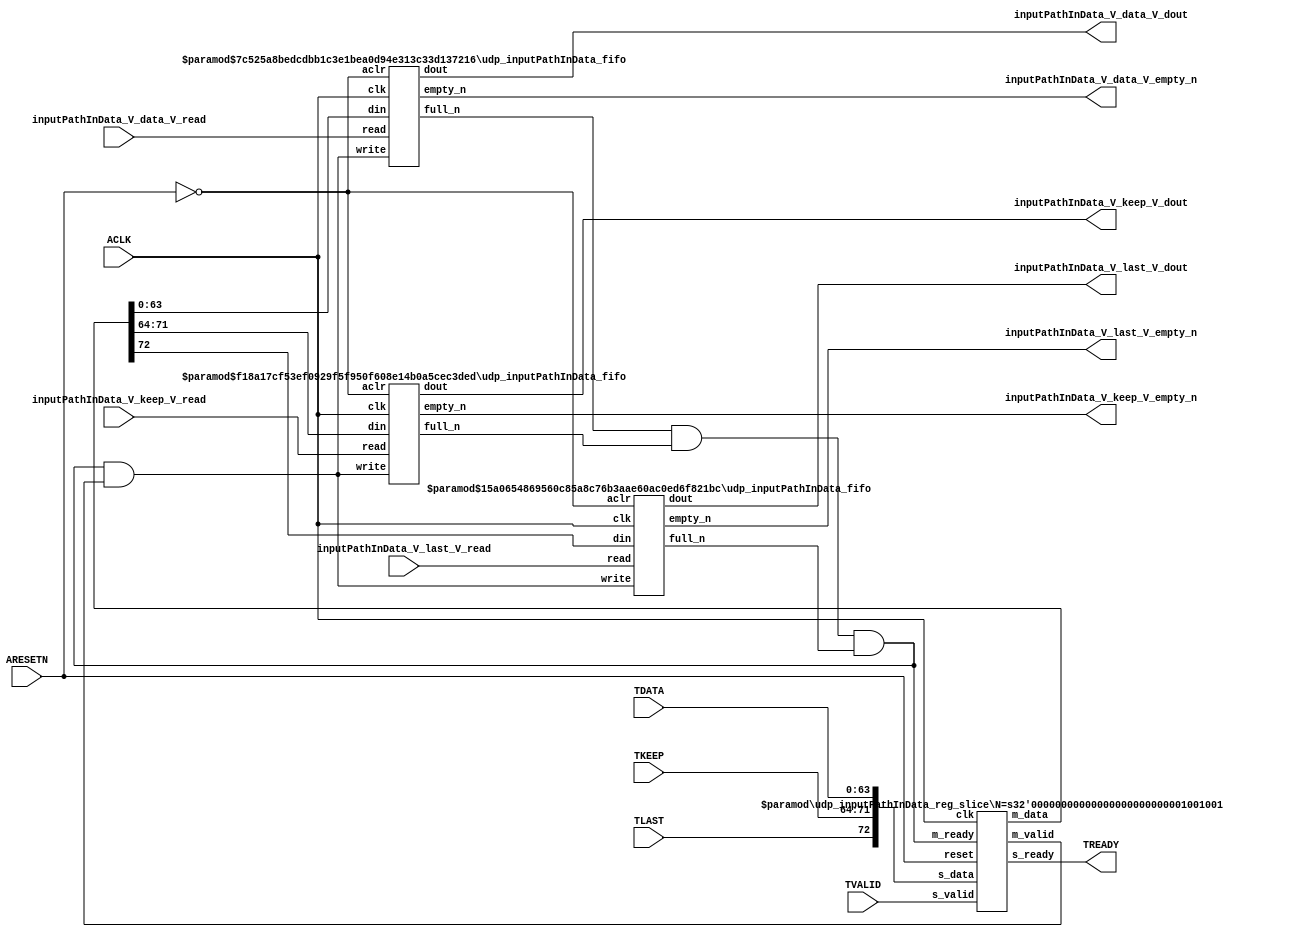
// ==============================================================
// File generated by Vivado(TM) HLS - High-Level Synthesis from C, C++ and SystemC
// Version: 2015.1
// Copyright (C) 2015 Xilinx Inc. All rights reserved.
// 
// ==============================================================


`timescale 1ns/1ps

module udp_inputPathInData_if (
    // AXI4-Stream singals
    input  wire        ACLK,
    input  wire        ARESETN,
    input  wire        TVALID,
    output wire        TREADY,
    input  wire [63:0] TDATA,
    input  wire [7:0]  TKEEP,
    input  wire [0:0]  TLAST,
    // User signals
    output wire [63:0] inputPathInData_V_data_V_dout,
    output wire        inputPathInData_V_data_V_empty_n,
    input  wire        inputPathInData_V_data_V_read,
    output wire [7:0]  inputPathInData_V_keep_V_dout,
    output wire        inputPathInData_V_keep_V_empty_n,
    input  wire        inputPathInData_V_keep_V_read,
    output wire [0:0]  inputPathInData_V_last_V_dout,
    output wire        inputPathInData_V_last_V_empty_n,
    input  wire        inputPathInData_V_last_V_read
);
//------------------------Local signal-------------------
// FIFO
wire [0:0]  fifo_write;
wire [0:0]  fifo_full_n;
wire [63:0] inputPathInData_V_data_V_din;
wire [0:0]  inputPathInData_V_data_V_full_n;
wire [7:0]  inputPathInData_V_keep_V_din;
wire [0:0]  inputPathInData_V_keep_V_full_n;
wire [0:0]  inputPathInData_V_last_V_din;
wire [0:0]  inputPathInData_V_last_V_full_n;
// register slice
wire [0:0]  s_valid;
wire [0:0]  s_ready;
wire [72:0] s_data;
wire [0:0]  m_valid;
wire [0:0]  m_ready;
wire [72:0] m_data;

//------------------------Instantiation------------------
// rs
udp_inputPathInData_reg_slice #(
    .N       ( 73 )
) rs (
    .clk     ( ACLK ),
    .reset   ( ARESETN ),
    .s_data  ( s_data ),
    .s_valid ( s_valid ),
    .s_ready ( s_ready ),
    .m_data  ( m_data ),
    .m_valid ( m_valid ),
    .m_ready ( m_ready )
);

// inputPathInData_V_data_V_fifo
udp_inputPathInData_fifo #(
    .DATA_BITS  ( 64 ),
    .DEPTH_BITS ( 4 )
) inputPathInData_V_data_V_fifo (
    .clk        ( ACLK ),
    .aclr       ( ~ARESETN ),
    .empty_n    ( inputPathInData_V_data_V_empty_n ),
    .full_n     ( inputPathInData_V_data_V_full_n ),
    .read       ( inputPathInData_V_data_V_read ),
    .write      ( fifo_write ),
    .dout       ( inputPathInData_V_data_V_dout ),
    .din        ( inputPathInData_V_data_V_din )
);

// inputPathInData_V_keep_V_fifo
udp_inputPathInData_fifo #(
    .DATA_BITS  ( 8 ),
    .DEPTH_BITS ( 4 )
) inputPathInData_V_keep_V_fifo (
    .clk        ( ACLK ),
    .aclr       ( ~ARESETN ),
    .empty_n    ( inputPathInData_V_keep_V_empty_n ),
    .full_n     ( inputPathInData_V_keep_V_full_n ),
    .read       ( inputPathInData_V_keep_V_read ),
    .write      ( fifo_write ),
    .dout       ( inputPathInData_V_keep_V_dout ),
    .din        ( inputPathInData_V_keep_V_din )
);

// inputPathInData_V_last_V_fifo
udp_inputPathInData_fifo #(
    .DATA_BITS  ( 1 ),
    .DEPTH_BITS ( 4 )
) inputPathInData_V_last_V_fifo (
    .clk        ( ACLK ),
    .aclr       ( ~ARESETN ),
    .empty_n    ( inputPathInData_V_last_V_empty_n ),
    .full_n     ( inputPathInData_V_last_V_full_n ),
    .read       ( inputPathInData_V_last_V_read ),
    .write      ( fifo_write ),
    .dout       ( inputPathInData_V_last_V_dout ),
    .din        ( inputPathInData_V_last_V_din )
);

//------------------------Body---------------------------
//++++++++++++++++++++++++AXI4-Stream++++++++++++++++++++
assign TREADY = s_ready;

//+++++++++++++++++++++++++++++++++++++++++++++++++++++++

//++++++++++++++++++++++++Reigister Slice++++++++++++++++
assign s_valid = TVALID;
assign m_ready = fifo_full_n;
assign s_data  = {TLAST[0:0], TKEEP[7:0], TDATA[63:0]};

//+++++++++++++++++++++++++++++++++++++++++++++++++++++++

//++++++++++++++++++++++++FIFO+++++++++++++++++++++++++++
assign fifo_write                   = fifo_full_n & m_valid;
assign inputPathInData_V_data_V_din = m_data[63:0];
assign inputPathInData_V_keep_V_din = m_data[71:64];
assign inputPathInData_V_last_V_din = m_data[72:72];
assign fifo_full_n                  = inputPathInData_V_data_V_full_n & inputPathInData_V_keep_V_full_n & inputPathInData_V_last_V_full_n;

//+++++++++++++++++++++++++++++++++++++++++++++++++++++++

endmodule



`timescale 1ns/1ps

module udp_inputPathInData_fifo
#(parameter
    DATA_BITS  = 8,
    DEPTH_BITS = 4
)(
    input  wire                 clk,
    input  wire                 aclr,
    output wire                 empty_n,
    output wire                 full_n,
    input  wire                 read,
    input  wire                 write,
    output wire [DATA_BITS-1:0] dout,
    input  wire [DATA_BITS-1:0] din
);
//------------------------Parameter----------------------
localparam
    DEPTH = 1 << DEPTH_BITS;
//------------------------Local signal-------------------
reg                   empty;
reg                   full;
reg  [DEPTH_BITS-1:0] index;
reg  [DATA_BITS-1:0]  mem[0:DEPTH-1];
//------------------------Body---------------------------
assign empty_n = ~empty;
assign full_n  = ~full;
assign dout    = mem[index];

// empty
always @(posedge clk or posedge aclr) begin
    if (aclr)
        empty <= 1'b1;
    else if (empty & write & ~read)
        empty <= 1'b0;
    else if (~empty & ~write & read & (index==1'b0))
        empty <= 1'b1;
end

// full
always @(posedge clk or posedge aclr) begin
    if (aclr)
        full <= 1'b0;
    else if (full & read & ~write)
        full <= 1'b0;
    else if (~full & ~read & write & (index==DEPTH-2'd2))
        full <= 1'b1;
end

// index
always @(posedge clk or posedge aclr) begin
    if (aclr)
        index <= {DEPTH_BITS{1'b1}};
    else if (~empty & ~write & read)
        index <= index - 1'b1;
    else if (~full & ~read & write)
        index <= index + 1'b1;
end

// mem
always @(posedge clk) begin
    if (~full & write) mem[0] <= din;
end

genvar i;
generate
    for (i = 1; i < DEPTH; i = i + 1) begin : gen_sr
        always @(posedge clk) begin
            if (~full & write) mem[i] <= mem[i-1];
        end
    end
endgenerate

endmodule

`timescale 1ns/1ps

module udp_inputPathInData_reg_slice
#(parameter
    N = 8   // data width
) (
    // system signals
    input  wire         clk,
    input  wire         reset,
    // slave side
    input  wire [N-1:0] s_data,
    input  wire         s_valid,
    output wire         s_ready,
    // master side
    output wire [N-1:0] m_data,
    output wire         m_valid,
    input  wire         m_ready
);
//------------------------Parameter----------------------
// state
localparam [1:0]
    ZERO = 2'b10,
    ONE  = 2'b11,
    TWO  = 2'b01;
//------------------------Local signal-------------------
reg  [N-1:0] data_p1;
reg  [N-1:0] data_p2;
wire         load_p1;
wire         load_p2;
wire         load_p1_from_p2;
reg          s_ready_t;
reg  [1:0]   state;
reg  [1:0]   next;
//------------------------Body---------------------------
assign s_ready = s_ready_t;
assign m_data  = data_p1;
assign m_valid = state[0];

assign load_p1 = (state == ZERO && s_valid) ||
                 (state == ONE && s_valid && m_ready) ||
                 (state == TWO && m_ready);
assign load_p2 = s_valid & s_ready;
assign load_p1_from_p2 = (state == TWO);

// data_p1
always @(posedge clk) begin
    if (load_p1) begin
        if (load_p1_from_p2)
            data_p1 <= data_p2;
        else
            data_p1 <= s_data;
    end
end

// data_p2
always @(posedge clk) begin
    if (load_p2) data_p2 <= s_data;
end

// s_ready_t
always @(posedge clk) begin
    if (~reset)
        s_ready_t <= 1'b0;
    else if (state == ZERO)
        s_ready_t <= 1'b1;
    else if (state == ONE && next == TWO)
        s_ready_t <= 1'b0;
    else if (state == TWO && next == ONE)
        s_ready_t <= 1'b1;
end

// state
always @(posedge clk) begin
    if (~reset)
        state <= ZERO;
    else
        state <= next;
end

// next
always @(*) begin
    case (state)
        ZERO:
            if (s_valid & s_ready)
                next = ONE;
            else
                next = ZERO;
        ONE:
            if (~s_valid & m_ready)
                next = ZERO;
            else if (s_valid & ~m_ready)
                next = TWO;
            else
                next = ONE;
        TWO:
            if (m_ready)
                next = ONE;
            else
                next = TWO;
        default:
            next = ZERO;
    endcase
end

endmodule